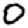
Digit: 0